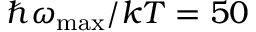
\hbar \omega _ { \mathrm { m a x } } / k T = 5 0